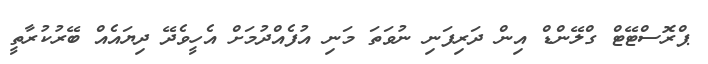
ޕްރޮސްޓޭޓް ގްލޭންޑް އިން ދަރިފަނި ނުވަތަ މަނި އުފެއްދުމަށް އެހީވެދޭ ދިޔައެއް ބޭރުކުރާތީ